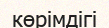
көрімдігі